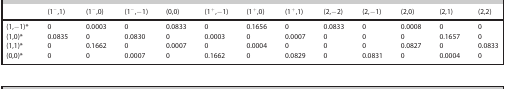
|  | (1−,1) | (1−,0) | (1−,−1) | (0,0) | (1+,−1) | (1+,0) | (1+,1) | (2,−2) | (2,−1) | (2,0) | (2,1) | (2,2) |
 | --- | --- | --- | --- | --- | --- | --- | --- | --- | --- | --- | --- | --- |
 | (1,−1)* | 0 | 0.0003 | 0 | 0.0833 | 0 | 0.1656 | 0 | 0.0833 | 0 | 0.0008 | 0 | 0 |
 | (1,0)* | 0.0835 | 0 | 0.0830 | 0 | 0.0003 | 0 | 0.0007 | 0 | 0 | 0 | 0.1657 | 0 |
 | (1,1)* | 0 | 0.1662 | 0 | 0.0007 | 0 | 0.0004 | 0 | 0 | 0 | 0.0827 | 0 | 0.0833 |
 | (0,0)* | 0 | 0 | 0.0007 | 0 | 0.1662 | 0 | 0.0829 | 0 | 0.0831 | 0 | 0.0004 | 0 |